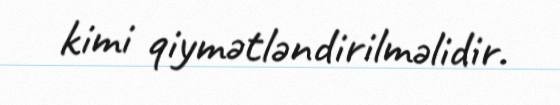
kimi qiymətləndirilməlidir.